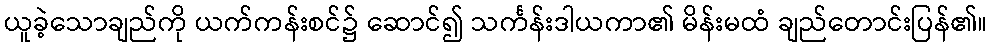
ယူခဲ့သောချည်ကို ယက်ကန်းစင်၌ ဆောင်၍ သင်္ကန်းဒါယကာ၏ မိန်းမထံ ချည်တောင်းပြန်၏။